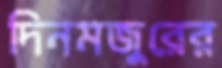
দিনমজুরের